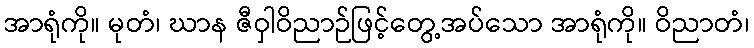
အာရုံကို။ မုတံ၊ ဃာန ဇီဝှါဝိညာဉ်ဖြင့်တွေ့အပ်သော အာရုံကို။ ဝိညာတံ၊